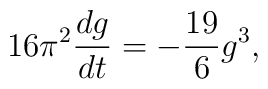
16 \pi^{2} \frac{dg}{dt} = - \frac{19}{6} g^{3}  ,